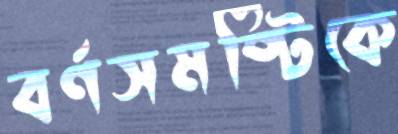
বর্ণসমষ্টিকে